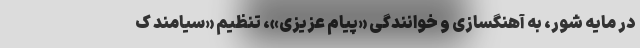
در مایه شور، به آهنگسازی و خوانندگی «پیام عزیزی»، تنظیم «سیامند ک